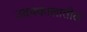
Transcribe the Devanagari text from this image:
उदयकालातील